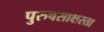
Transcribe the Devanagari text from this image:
पुरुषसाक्षरता